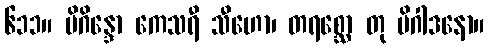
၆၁၁။ မိဂိန္ဒော ကေသရီ သီဟော၊ တရစ္ဆော တု မိဂါဒနော။